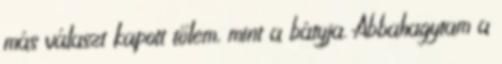
más választ kapott tőlem, mint a bátyja. Abbahagytam a